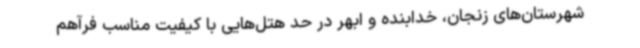
شهرستان‌های زنجان، خدابنده و ابهر در حد هتل‌هایی با کیفیت مناسب فرآهم